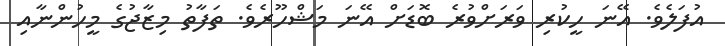
އުފަލެވެ. އޭނަ ހީކުރި ވަރަށްވުރެ ބޮޑަށް އޭނަ މަޝްހޫރެވެ. ތަފާތު މިޒާޖުގެ މީހުންނާއި